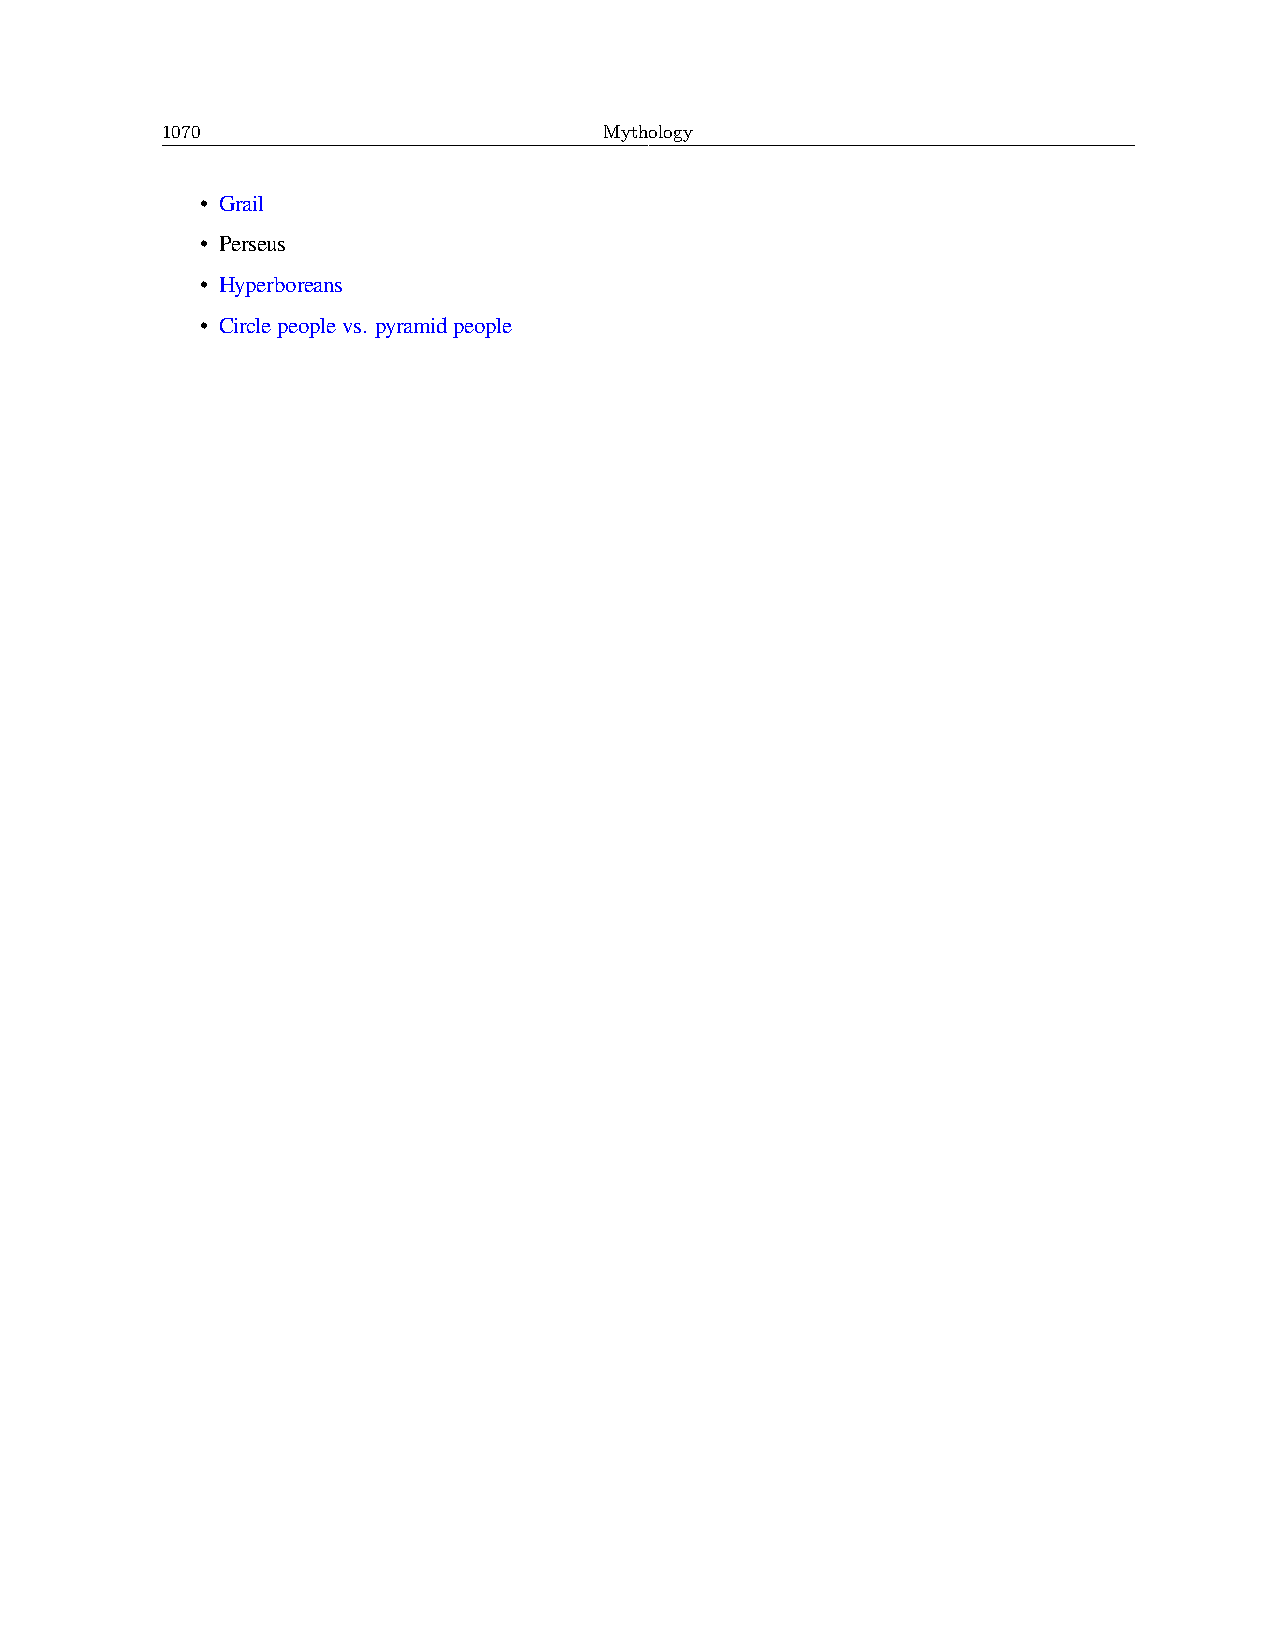
1070                         Mythology
 • Grail
 • Perseus
 • Hyperboreans
 • Circlepeoplevs. pyramidpeople